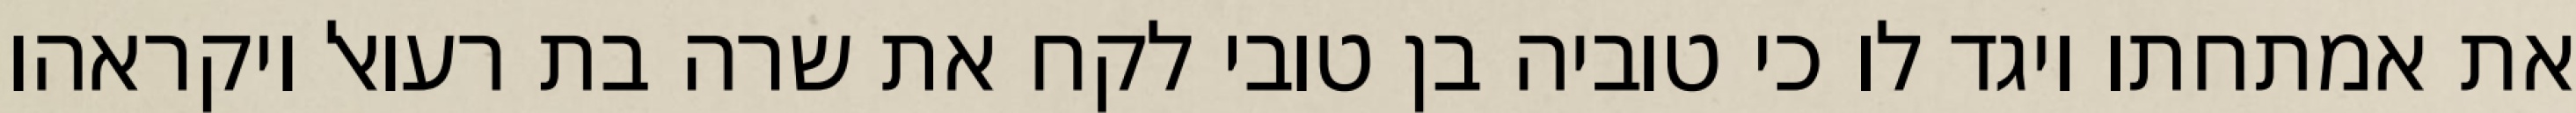
את אמתחתו ויגד לו כי טוביה בן טובי לקח את שרה בת רעואל ויקראהו